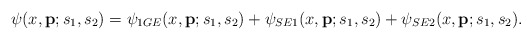
\begin{align*}\psi(x,{\bf p};s_1,s_2)=\psi_{1GE}(x,{\bf p};s_1,s_2)+\psi_{SE1}(x,{\bf p};s_1,s_2)+\psi_{SE2}(x,{\bf p};s_1,s_2).\end{align*}